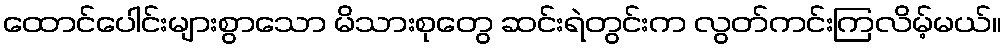
ထောင်ပေါင်းများစွာသော မိသားစုတွေ ဆင်းရဲတွင်းက လွတ်ကင်းကြလိမ့်မယ်။